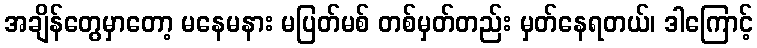
အချိန်တွေမှာတော့ မနေမနား မပြတ်မစ် တစ်မှတ်တည်း မှတ်နေရတယ်၊ ဒါကြောင့်